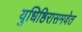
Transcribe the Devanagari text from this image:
युधिष्ठिरासमवेत